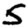
Digit: 5